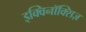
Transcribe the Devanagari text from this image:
इक्विनॉक्सिज़